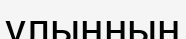
ұлыңның